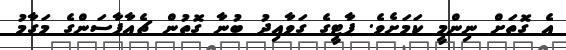
އެ ގޮތަށް ނިންމީ ކަމަށެވެ. ޕާޓީގެ ގަވާއިދު ބުނާ ގޮތުން ޗެއާޕާސަންގެ މަގާމު